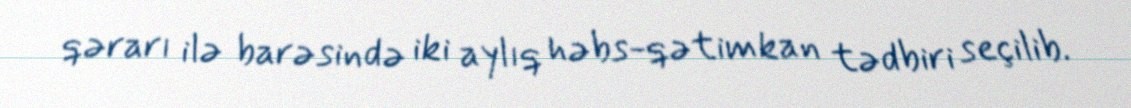
qərarı ilə barəsində iki aylıq həbs-qətimkan tədbiri seçilib.